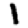
Digit: 1